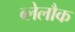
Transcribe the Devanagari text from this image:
ब्लेलौक